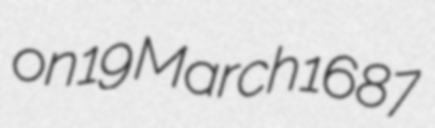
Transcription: on 19 March 1687